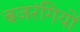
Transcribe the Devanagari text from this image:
बजरंगियों